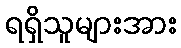
ရရှိသူများအား